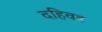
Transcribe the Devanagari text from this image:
दहिवड